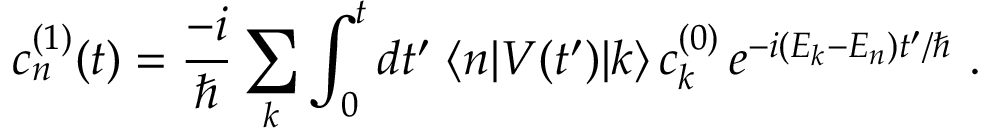
c _ { n } ^ { ( 1 ) } ( t ) = { \frac { - i } { \hbar } } \sum _ { k } \int _ { 0 } ^ { t } d t ^ { \prime } \; \langle n | V ( t ^ { \prime } ) | k \rangle \, c _ { k } ^ { ( 0 ) } \, e ^ { - i ( E _ { k } - E _ { n } ) t ^ { \prime } / \hbar } ~ .